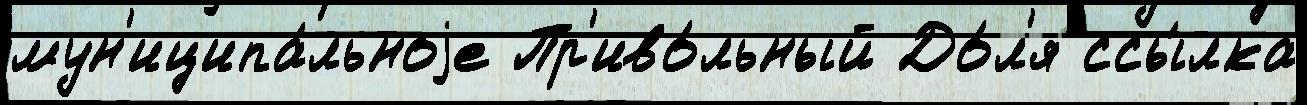
мун'иципа́льноjе Пр'иво́льный До́л'я ссы́лка